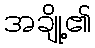
အချို့၏